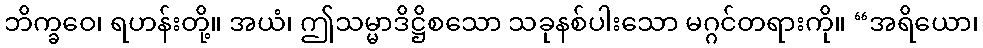
ဘိက္ခဝေ၊ ရဟန်းတို့။ အယံ၊ ဤသမ္မာဒိဋ္ဌိစသော သခုနစ်ပါးသော မဂ္ဂင်တရားကို။ “အရိယော၊